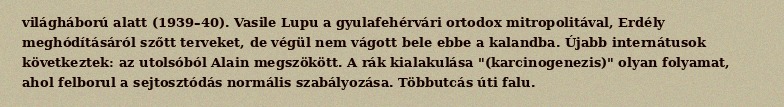
világháború alatt (1939–40). Vasile Lupu a gyulafehérvári ortodox mitropolitával, Erdély meghódításáról szőtt terveket, de végül nem vágott bele ebbe a kalandba. Újabb internátusok következtek: az utolsóból Alain megszökött. A rák kialakulása "(karcinogenezis)" olyan folyamat, ahol felborul a sejtosztódás normális szabályozása. Többutcás úti falu.